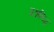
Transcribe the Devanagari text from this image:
प्रश्नबिद्ध